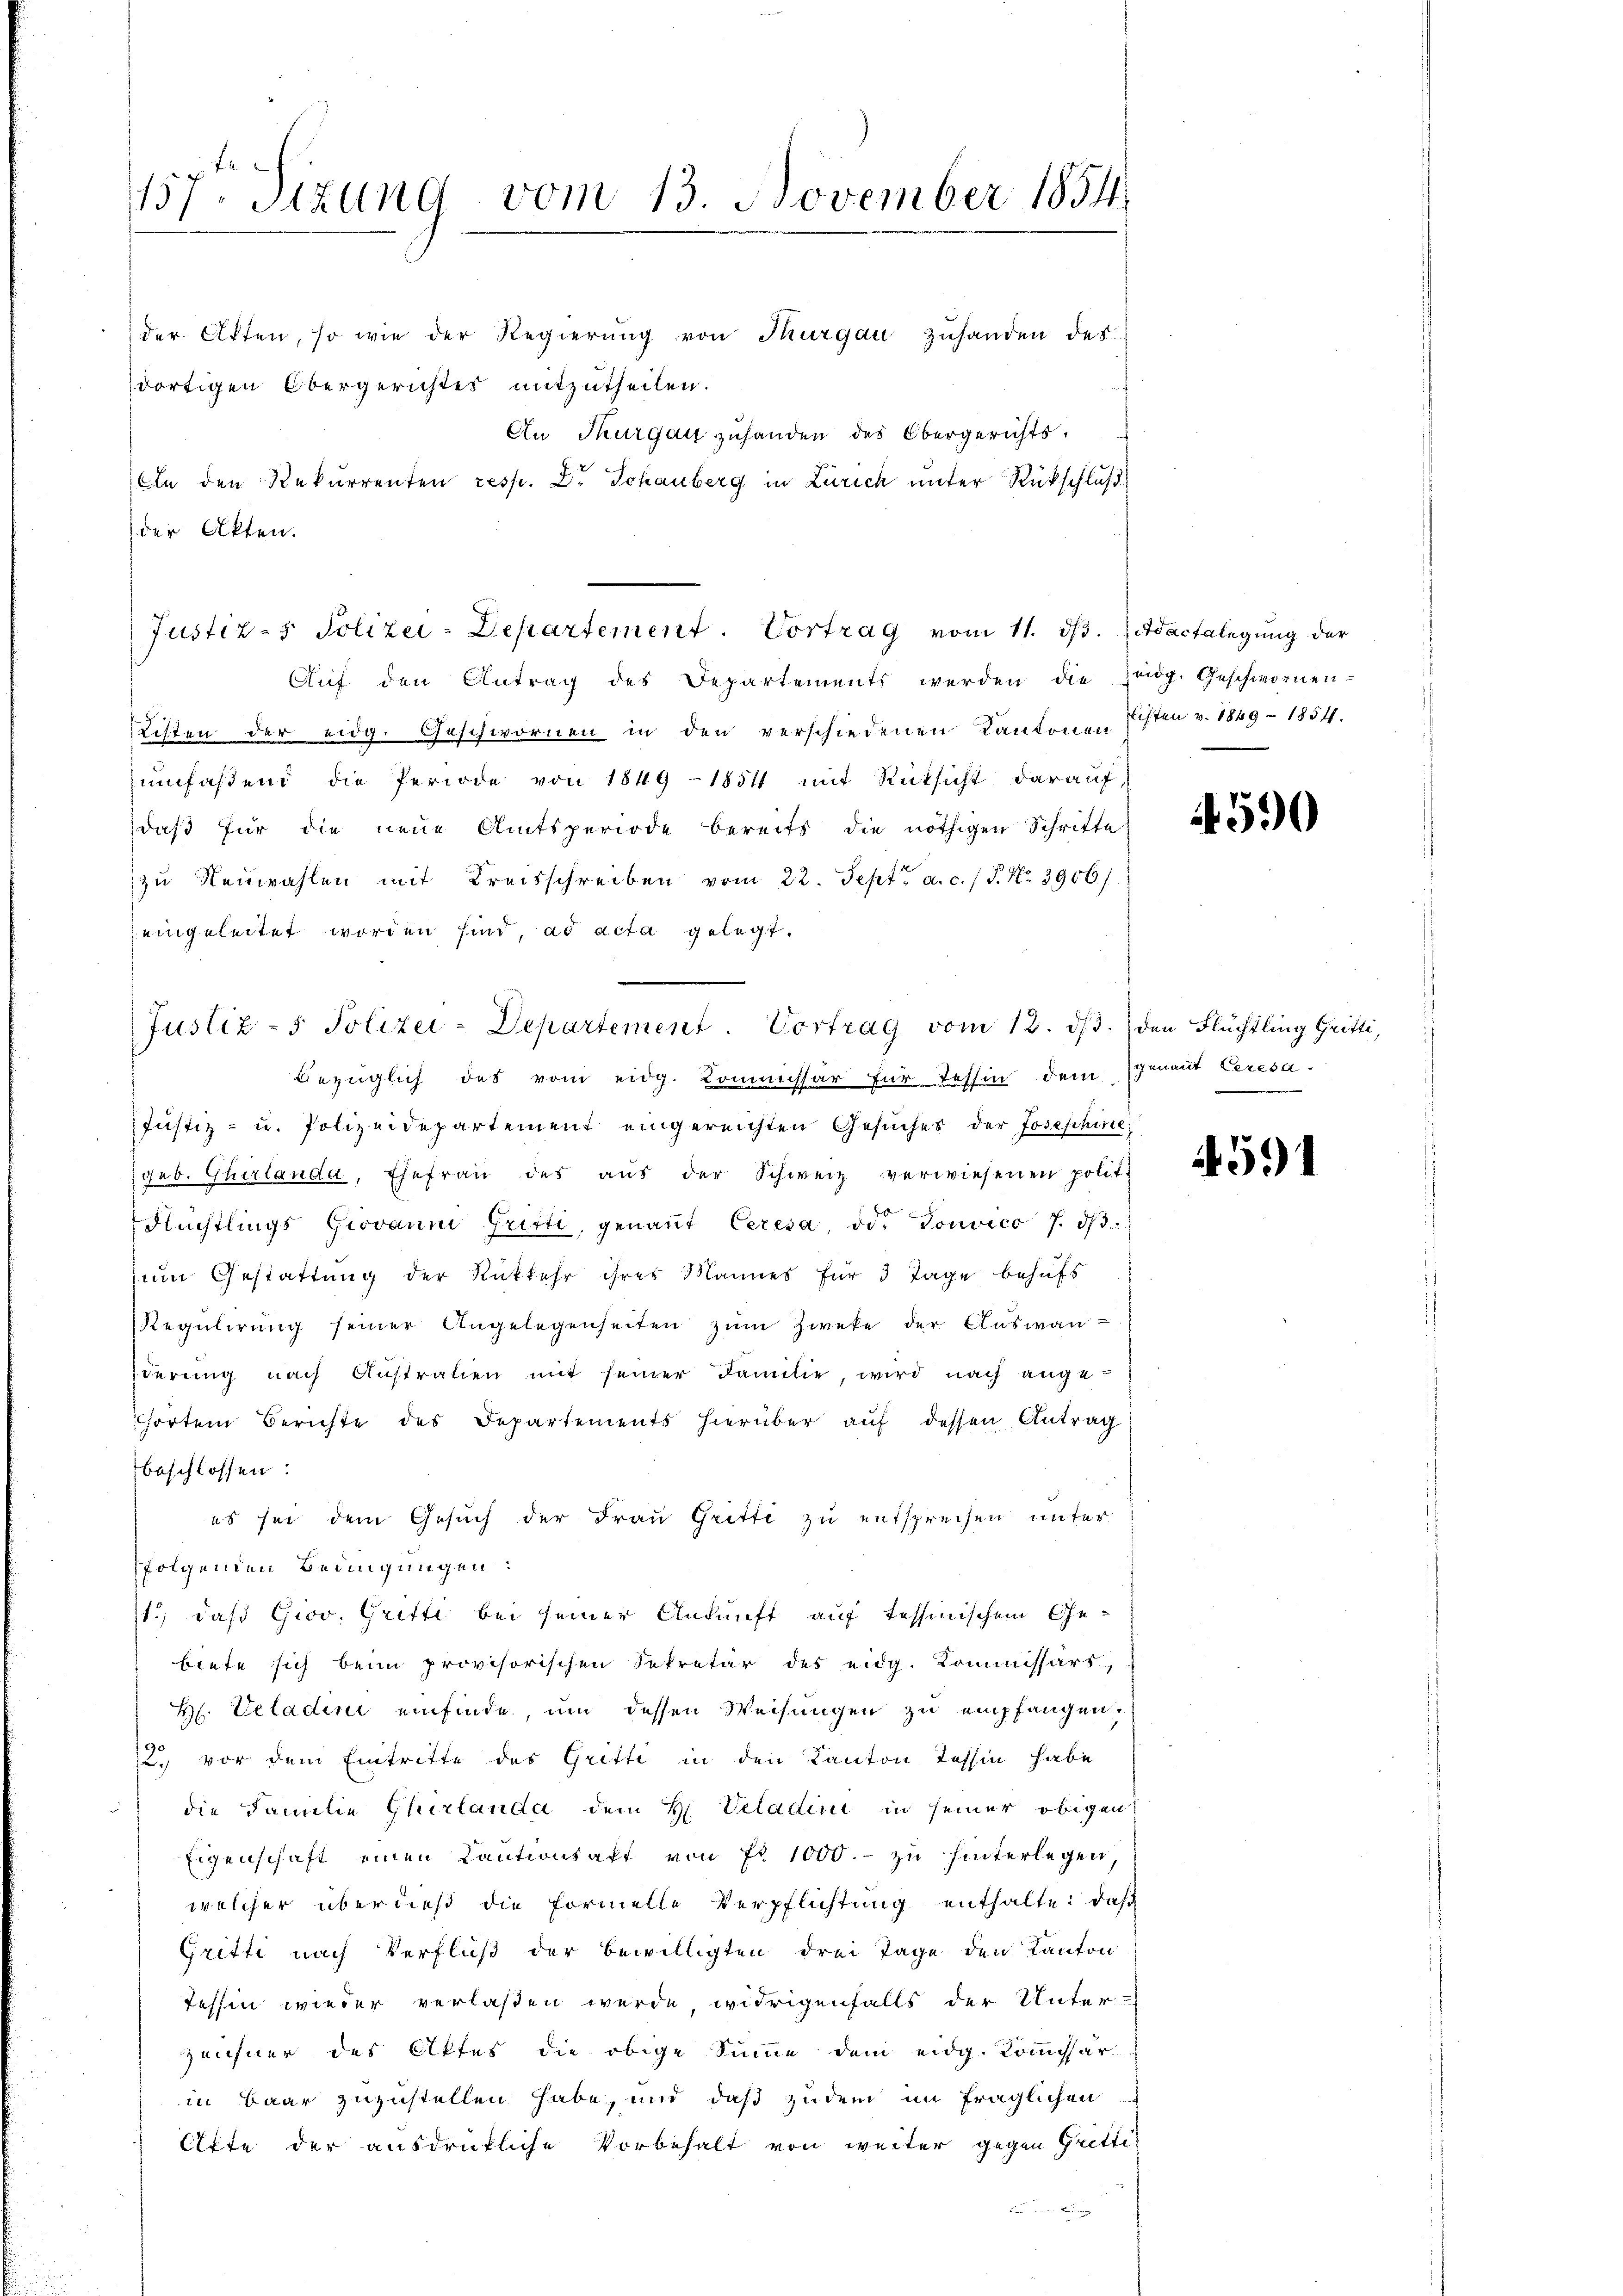
1157. Sizung vom 13. November 1854.

der Akten, so wie der Regierung von Thurgau zuhanden des
dortigen Obergerichtes mitzutheilen.
An Thurgau zuhanden des Obergerichts.
An den Rekurrenten resp. Dr Schauberg in Zürich unter Rückschluß
der Akten.
Aŭf den Antrag des Departements werden die Zeidg. Geschwornen-
Listen der eidg. Geschwornen in den verschiedenen Kantonen Esten v. 1849 - 1854.
ŭmfaßend die Periode von 1849 - 1851 mit Rücksicht darauf,
daβ für die neue Amtsperiode bereits die nöthigen Schritte
zu Neuwahlen mit Kreisschreiben vom 22. Sept. a. c. / P. Nr. 3906/
eingeleitet worden sind, ad acta gelegt.
Bezüglich des vom eidg. Kommissär für Tessin dem gmaut Ceresa
Justiz- u. Polizeidepartement eingereichten Gesuches der Josephine
(geb. Ghirlanda, Ehefrau des aŭs der Schweiz verwiesenen polit.
Flüchtlings Giovanni Gristi, genaṅt Ceresa, od. Convico 7. dβ
zum Gestattung der Rückkehr ihres Mannes für 3 Tage behufs
Regŭlirŭng seiner Angelegenheiten zŭm Zweke der Auswanderŭng nach Aŭstratien mit seiner Familie, wird nach ange-
hörten Berichte des Departements hierüber auf dessen Antrag
beschlossen:
es sei dem Gesuch der Frau Gritti zu entsprechen unter
folgenden Bedingungen:
11.) daß Giov. Gritti bei seiner Ankunft auf tessinischem Ge-
biete sich beim provisorischen Sekretär des eidg. Kommissärs,
H. Veladini einfinde, um dessen Weisungen zu empfangen,
u. vor dem Eintritte des Gritte in den Kanton Tessin habe
die Familie Cherlanda dem H. Veladen in seiner obigen
Eigenschaft einen Kantionsakt von Fr. 1000.- zu hinterlegen,
welcher überdieß die Formelle Verpflichtung enthalte: daß
Gritte nach Verfluß der bewilligten drei Tage den Kanton
Tessin wieder verlaßen werde, widrigenfalls der Unter-
Zeichner des Aktes die obige Summe dem eidg. Kommissär
in Baar zuzustellen habe, und daß zudem im fraglichen
Orte der ausdrückliche Vorbehalt von weiter gegen Gritti
.

Justiz- & Polizei-Departement. Vortrag vom 11. ds. dactalegung der

Justiz- & Polizei-Departement. Vortrag vom 12. dβ. den Flüchtling Gritti,

4590

4591